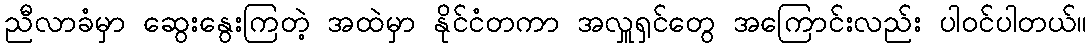
ညီလာခံမှာ ဆွေးနွေးကြတဲ့ အထဲမှာ နိုင်ငံတကာ အလှူရှင်တွေ အကြောင်းလည်း ပါဝင်ပါတယ်။